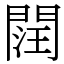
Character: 䦞